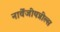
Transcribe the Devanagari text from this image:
नार्वेजीयन्नील्स